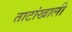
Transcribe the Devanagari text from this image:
ताटांखाली